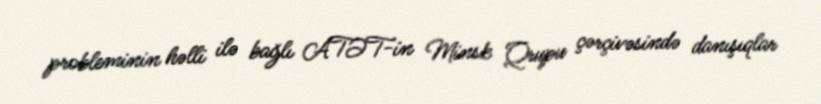
probleminin həlli ilə bağlı ATƏT-in Minsk Qrupu çərçivəsində danışıqlar